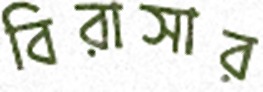
বিরাসার